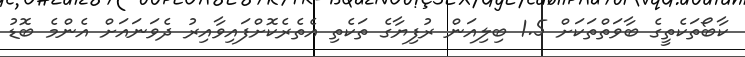
ކާބޯތަކެތީގެ ބާވަތްތަކަށް 1.5 ބިލިއަން ރުފިޔާގެ ތަކެތި އެތެރެކޮށްފައިވާއިރު ދެވަނައަށް އެންމެ ބޮޑު